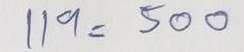
119 = 500